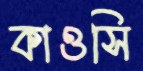
কাওসি